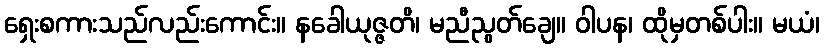
ရှေးစကားသည်လည်းကောင်း။ နခေါယုဇ္ဇတိ၊ မညီညွတ်ချေ။ ဝါပန၊ ထိုမှတစ်ပါး။ မယံ၊